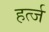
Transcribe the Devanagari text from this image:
हर्त्ज